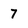
Character: 7